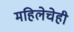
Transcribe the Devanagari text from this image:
महिलेचेही